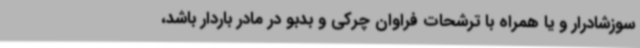
سوزشادرار و یا همراه با ترشحات فراوان چرکی و بدبو در مادر باردار باشد،